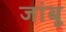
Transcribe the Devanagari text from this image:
जांबू